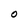
Character: O